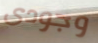
وجودى